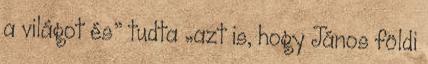
a világot és” tudta „azt is, hogy János földi